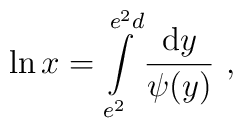
\ln x=\int\limits_{e^2}^{e^2d}\frac{{\rm d}y}{\psi(y)}~,